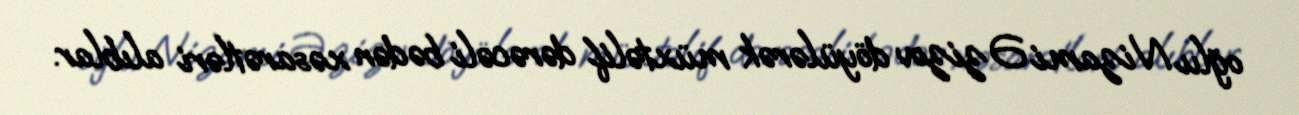
oğlu Nizami Əzizov döyülərək müxtəlif dərəcəli bədən xəsarətləri alıblar.